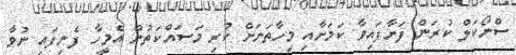
ސްނޯކަލް ކުރަން ފަށާފައިވާ ކަމަށާއި މިހާތަނަށް ކުރި މަސައްކަތުން އެމީހާ ފެނިފައި ނުވާ